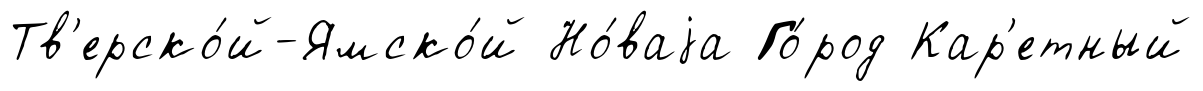
Тв'ерско́й-Ямско́й Но́ваjа Го́род Кар'етный